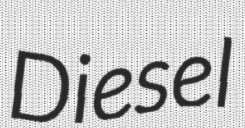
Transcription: Diesel